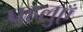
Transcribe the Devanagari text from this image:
पहलुएँ